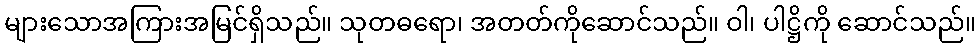
များသောအကြားအမြင်ရှိသည်။ သုတဓရော၊ အတတ်ကိုဆောင်သည်။ ဝါ၊ ပါဋ္ဌိကို ဆောင်သည်။